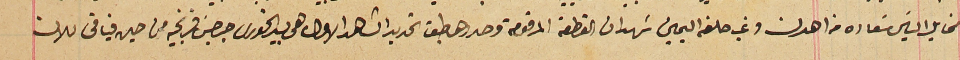
مخايل الياسَ سَعاده من اهدن وغب حلفه اليمين شهد ان القطعة المرقومة وحددها طبق تحديد الشاهد الاول هي بيد الخورى جرجسَ فرنجيه من حين فياقى للان